Report on sanitation, dispensaries, and jails in Rajputana for 1914, and on vaccination for the year 1914-1915 - 1914-1915
Year: 1914
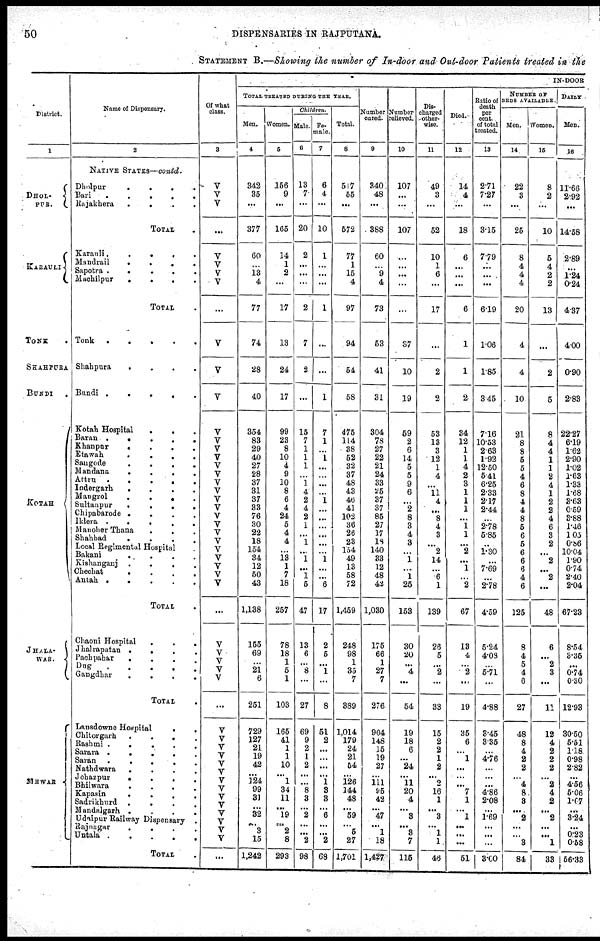
50
DISPENSARIES IN RAJPUTANA.
STATEMENT B.—Showing the number of In-door and Out-door Patients treated in the
District.
1
DHOL¬
PUR.
KARAULI
TONK .
SHAHPURA
BUNDI
.
KOTAH
JHALA¬
WAR.
MEWAR
Name of Dispensary.
2
NATIVE STATES— contd.
Dholpur ....
Bari
.....
Rajakhera
....
TOTAL .
Karauli.....
Mandrail
....
Sapotra
.....
Machilpur
....
TOTAL .
Tonk
.....
Shahpura
....
Bundi
.....
Kotah Hospital ...
Baran
.....
Khanpur
....
Etawah
....
Sangode
....
Mandana
....
Attru
.....
Indergarh
....
Mangrol
....
Sultanpur
....
Chipabarode
....
Iklera
.....
Manoher Thana ...
Shahbad
....
Local Regimental Hospital .
Bakani
....
Kishanganj
....
Chechat
....
Autah
.....
TOTAL .
Chaoni Hospital
...
Jhalrapatan
....
Pachpahar
....
Dug
.....
Gangdhar
....
TOTAL .
Lansdowne Hospital
..
Chitorgarh
....
Rashmi
.....
Sarara
.....
Saran
.....
Nathdwara
....
Johazpur
....
Bhilwara
....
Kapasin
....
Sadrikhurd
....
Mandalgarh
....
Udaipur Railway Dispensary .
Rajnagar
....
Untala
.....
TOTAL .
Of what
class.
3
V
V
V
...
V
V
V
V
...
V
V
V
V
V
V
V
V
V
V
V
V
V
V
V
V
V
V
V
V
V
V
...
V
V
V
V
V
...
V
V
V
V
V
V
V
V
V
V
V
V
V
V
...
INDOOR
TOTAL TREATED DURING THE YEAR.
Men.
4
342
35
...
377
60
...
13
4
77
74
28
40
354
83
29
40
27
28
37
31
37
33
76
30
22
18
154
34
12
50
43
1,138
155
69
...
21
6
251
729
127
21
19
42
...
124
99
31
...
32
...
3
15
1,242
Women.
5
156
9
...
165
14
1
2
...
17
13
24
17
99
23
8
10
4
9
10
8
6
4
24
5
4
4
...
18
1
7
18
257
78
18
1
5
1
103
165
41
1
1
10
...
1
34
11
...
19
...
2
8
293
Children.
Male.
6
13
7
...
20
2
...
...
...
2
7
2
...
15
7
1
1
1
...
1
4
2
4
2
1
...
1
...
1
...
1
5
47
13
6
...
8
...
27
69
9
2
1
2
...
...
8
3
...
2
...
...
2
98
Fe¬
male.
7
6
4
...
10
1
...
...
...
1
...
...
1
7
1
...
1
...
...
...
...
1
...
...
...
...
...
...
1
...
...
6
17
2
5
...
1
...
8
51
2
...
...
...
...
1
3
8
...
6
...
...
2
68
Total.
8
517
55
...
572
77
1
15
4
97
94
54
58
475
114
38
52
32
37
48
43
46
41
102
36
26
23
154
49
13
58
72
1,459
248
98
1
35
7
389
1,014
179
24
21
54
...
126
144
48
...
59
...
5
27
1,701
Number
cured.
9
340
48
...
388
60
...
9
4
73
53
41
31
304
78
27
22
21
24
33
25
37
37
85
27
17
18
140
33
12
48
42
1,030
175
66
1
27
7
276
904
148
15
19
27
...
111
95
42
...
47
...
1
18
1,427
Number
relieved.
10
107
...
...
107
...
...
...
...
...
87
10
19
59
2
6
14
5
5
9
6
...
2
8
3
4
3
...
1
...
1
25
153
30
20
...
4
...
64
19
18
6
...
24
...
11
20
4
...
3
...
3
7
115
Dis¬
charged
other¬
-----
11
49
3
...
52
10
1
6
...
17
...
2
2
53
13
3
12
1
4
...
11
4
...
8
4
3
...
2
14
...
6
1
139
26
5
...
2
...
33
15
2
2
1
2
... 2
16
1
...
3
...
1
1
46
Died.
12
14
4
...
18
6
...
...
...
6
1
1
2
34
12
1
1
4
2
3
1
1
1
...
1
1
...
2
...
1
...
2
67
13
4
...
2
...
19
35
6
...
1
...
...
...
7
1
...
1
...
...
...
51
Ratio of
death
per
cent.
of total
treated.
13
2.71
7.27
...
315
7.79
...
...
...
6.19
1.06
1.85
3.45
7.16
10.53
2.63
1.93
12.50
5.41
6.25
2.33
2.17
2.44
...
2.78
5.85
...
1.30
...
7.69
...
2.78
4.59
5.24
4.03
...
5.71
...
4.88
3.45
3.35
...
4.76
...
...
...
4.86
2.08
...
1.69
...
...
...
3.00
NUMBER OF
BEDS AVAILABLE
Men.
14
22
3
...
25
8
4
4
4
20
4
4
10
21
8
8
5
5
4
6
8
4
4
8
5
6
5
6
6
6
4
6
126
8
4
5
4
6
27
48
8
4
2
2
...
4
8
3
...
2
...
...
3
84
Women.
15
8
2
...
10
6
4
2
2
13
...
2
5
8
4
4
1
1
2
4
1
2
2
4
6
3
2
...
2
...
2
...
48
6
...
2
3
...
11
12
4
2
2
2
...
2
4
2
...
2
...
...
1
33
DAILY
Men.
16
11.66
2.92
...
14.58
2.89
...
1.24
0.24
4.37
4.00
0.90
2.83
22.27
6.19
1.62
2.90
1.02
1.63
1.33
1.68
3.63
0.59
3.88
1.40
1.05
0.36
10.04
1.90
0.74
2.40
2.04
67.23
8.54
3.35
...
0.74
0.30
12.93
30.50
5.51
1.18
0.98
2.82
...
4.56
5.06
1.67
...
3.24
...
0.28
0.58
56.33